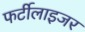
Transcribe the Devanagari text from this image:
फर्टीलाइजर